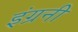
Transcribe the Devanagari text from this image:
इंग्रनी